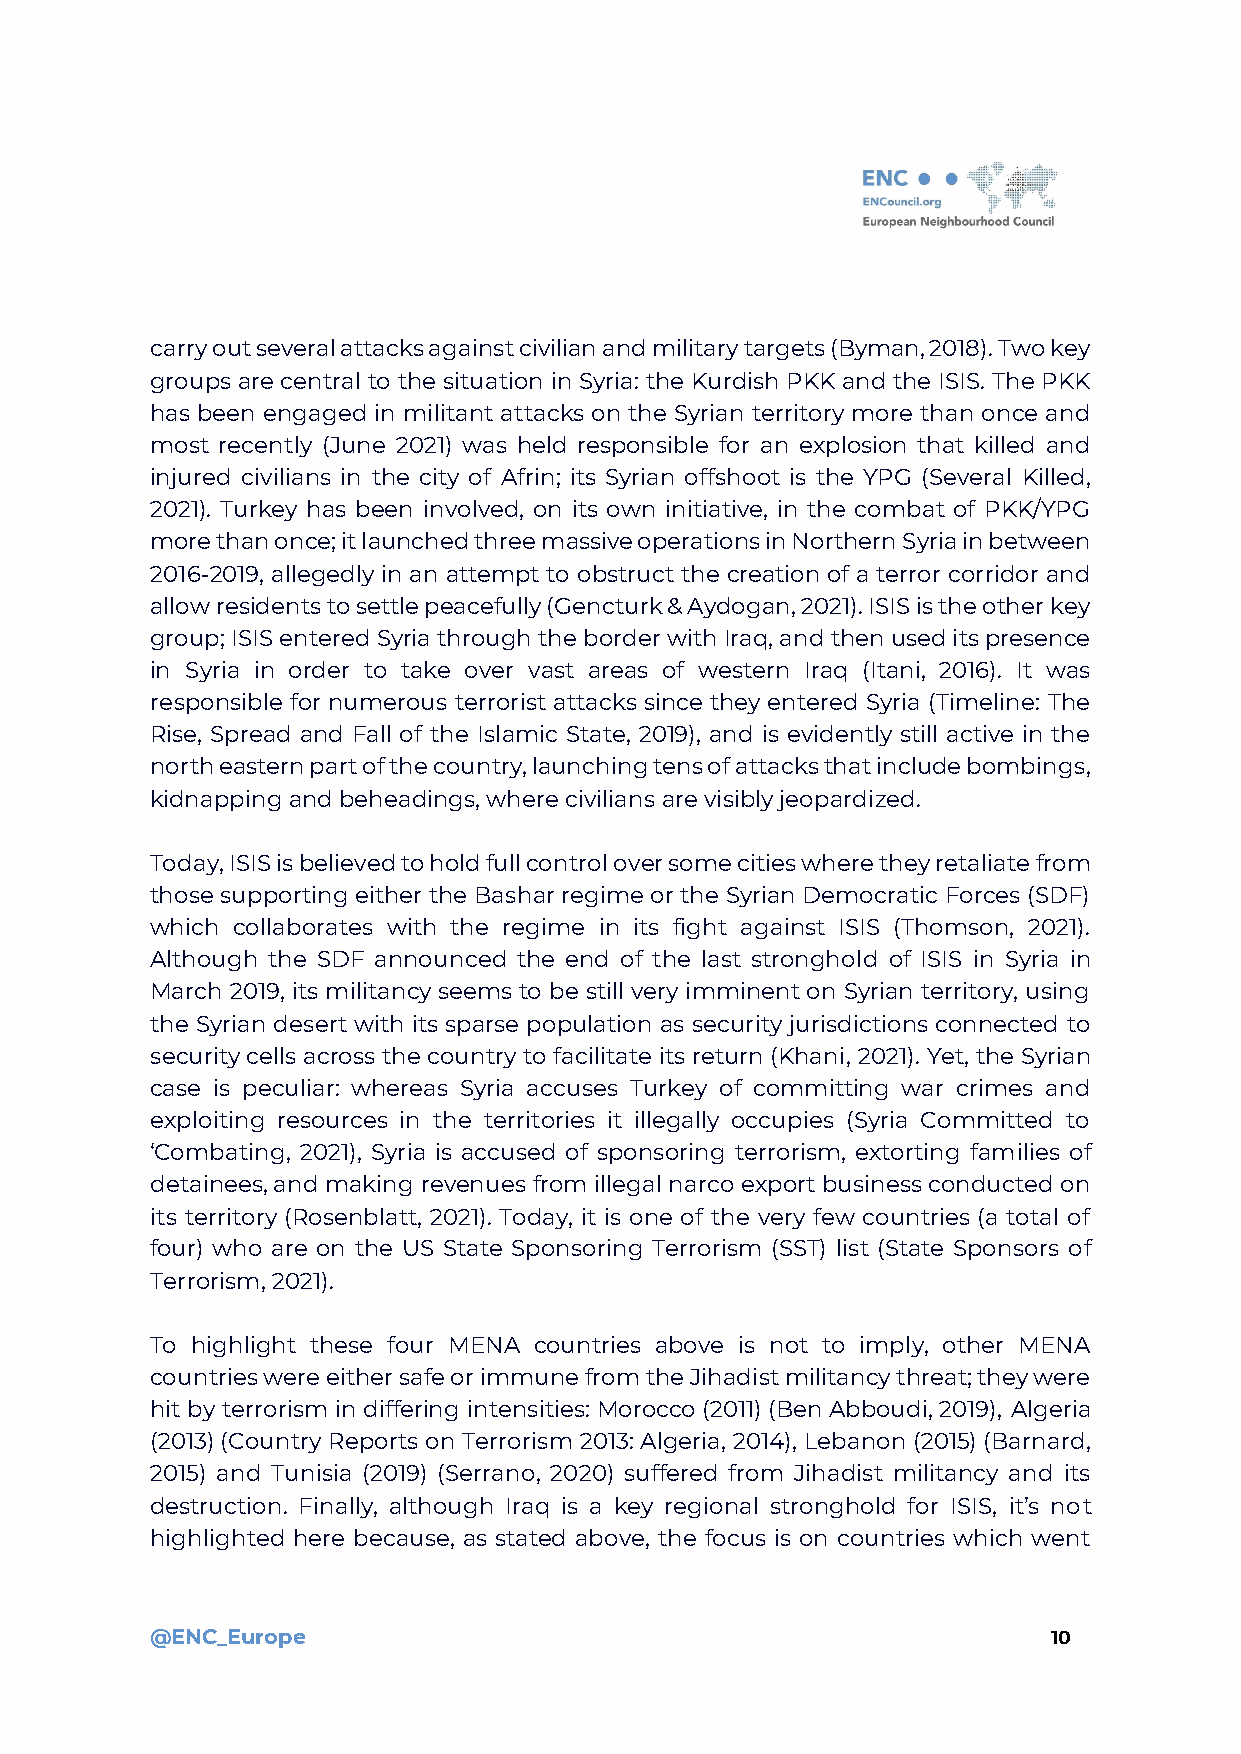
carry out several attacks against civilian and military targets (Byman, 2018). Two key
 groups are central to the situation in Syria: the Kurdish PKK and the ISIS. The PKK
 has been engaged in militant attacks on the Syrian territory more than once and
 most recently (June 2021) was held responsible for an explosion that killed and
 injured civilians in the city of Afrin; its Syrian offshoot is the YPG (Several Killed,
 2021). Turkey has been involved, on its own initiative, in the combat of PKK/YPG
 more than once; it launched three massive operations in Northern Syria in between
 2016-2019, allegedly in an attempt to obstruct the creation of a terror corridor and
 allow residents to settle peacefully (Gencturk & Aydogan, 2021). ISIS is the other key
 group; ISIS entered Syria through the border with Iraq, and then used its presence
 in Syria in order to take over vast areas of western Iraq (Itani, 2016). It was
 responsible for numerous terrorist attacks since they entered Syria (Timeline: The
 Rise, Spread and Fall of the Islamic State, 2019), and is evidently still active in the
 north eastern part of the country, launching tens of attacks that include bombings,
 kidnapping and beheadings, where civilians are visibly jeopardized.
 Today, ISIS is believed to hold full control over some cities where they retaliate from
 those supporting either the Bashar regime or the Syrian Democratic Forces (SDF)
 which collaborates with the regime in its fight against ISIS (Thomson, 2021).
 Although the SDF announced the end of the last stronghold of ISIS in Syria in
 March 2019, its militancy seems to be still very imminent on Syrian territory, using
 the Syrian desert with its sparse population as security jurisdictions connected to
 security cells across the country to facilitate its return (Khani, 2021). Yet, the Syrian
 case is peculiar: whereas Syria accuses Turkey of committing war crimes and
 exploiting resources in the territories it illegally occupies (Syria Committed to
 ‘Combating, 2021), Syria is accused of sponsoring terrorism, extorting families of
 detainees, and making revenues from illegal narco export business conducted on
 its territory (Rosenblatt, 2021). Today, it is one of the very few countries (a total of
 four) who are on the US State Sponsoring Terrorism (SST) list (State Sponsors of
 Terrorism, 2021).
 To highlight these four MENA countries above is not to imply, other MENA
 countries were either safe or immune from the Jihadist militancy threat; they were
 hit by terrorism in differing intensities: Morocco (2011) (Ben Abboudi, 2019), Algeria
 (2013) (Country Reports on Terrorism 2013: Algeria, 2014), Lebanon (2015) (Barnard,
 2015) and Tunisia (2019) (Serrano, 2020) suffered from Jihadist militancy and its
 destruction. Finally, although Iraq is a key regional stronghold for ISIS, it’s not
 highlighted here because, as stated above, the focus is on countries which went
 @ENC_Europe                                                 10